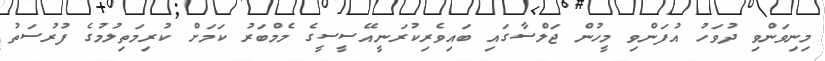
މިނިވަންވި ދުވަހު އުފަންވި މީހުން ޖަލްސާގައި ބައިވެރިކުރަނީއޭސީސީގެ މެމްބަރު ކަމަށް ކުރިމަތިލުމުގެ ފުރުސަތު